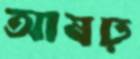
আষঢ়